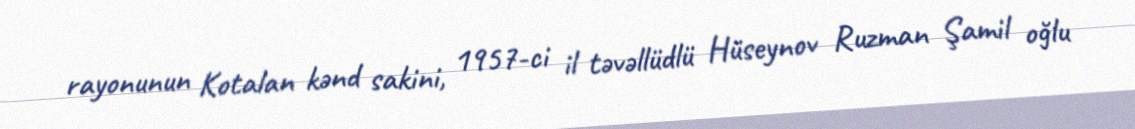
rayonunun Kotalan kənd sakini, 1957-ci il təvəllüdlü Hüseynov Ruzman Şamil oğlu